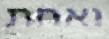
ואחת